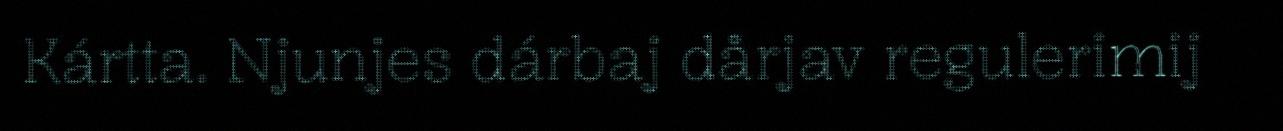
Kártta. Njunjes dárbaj dårjav regulerimij